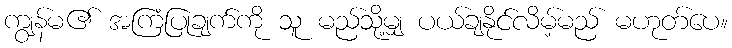
ကျွန်မ၏ အကြံပြုချက်ကို သူ မည်သို့မျှ ပယ်ချနိုင်လိမ့်မည် မဟုတ်ပေ။